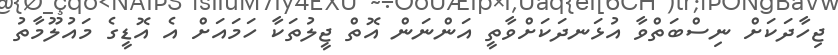
ޖިހާދަަކަށް ނިސްބަތްވާ އުޅަނދަކަށްވާތީ އަންނަން އޮތް ޖީލުތަަކާ ހަމައަށް އެ އޮޑީގެ މައުލޫމާތު